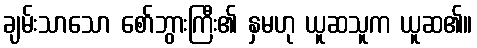
ချမ်းသာသော စော်ဘွားကြီး၏ နှမဟု ယူဆသူက ယူဆ၏။